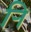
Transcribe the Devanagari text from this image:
र्‍ाि